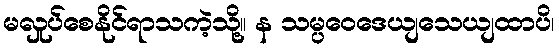
မလှုပ်စေနိုင်ရာသကဲ့သို့။ န သမ္ပဝေဒေယျသေယျထာပိ၊